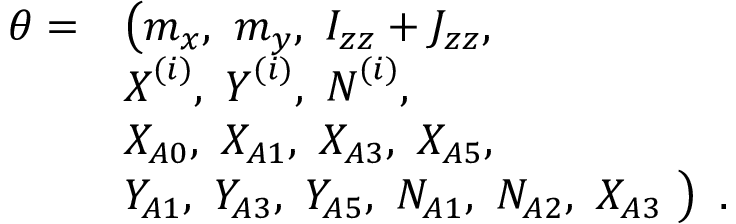
\begin{array} { r l } { \boldsymbol { \theta } = } & { \big ( m _ { x } , ~ m _ { y } , ~ I _ { z z } + J _ { z z } , ~ } \\ & { \boldsymbol { X } ^ { ( i ) } , ~ \boldsymbol { Y } ^ { ( i ) } , ~ \boldsymbol { N } ^ { ( i ) } , } \\ & { X _ { A 0 } , ~ X _ { A 1 } , ~ X _ { A 3 } , ~ X _ { A 5 } , } \\ & { Y _ { A 1 } , ~ Y _ { A 3 } , ~ Y _ { A 5 } , ~ N _ { A 1 } , ~ N _ { A 2 } , ~ X _ { A 3 } ~ \big ) \enspace . } \end{array}